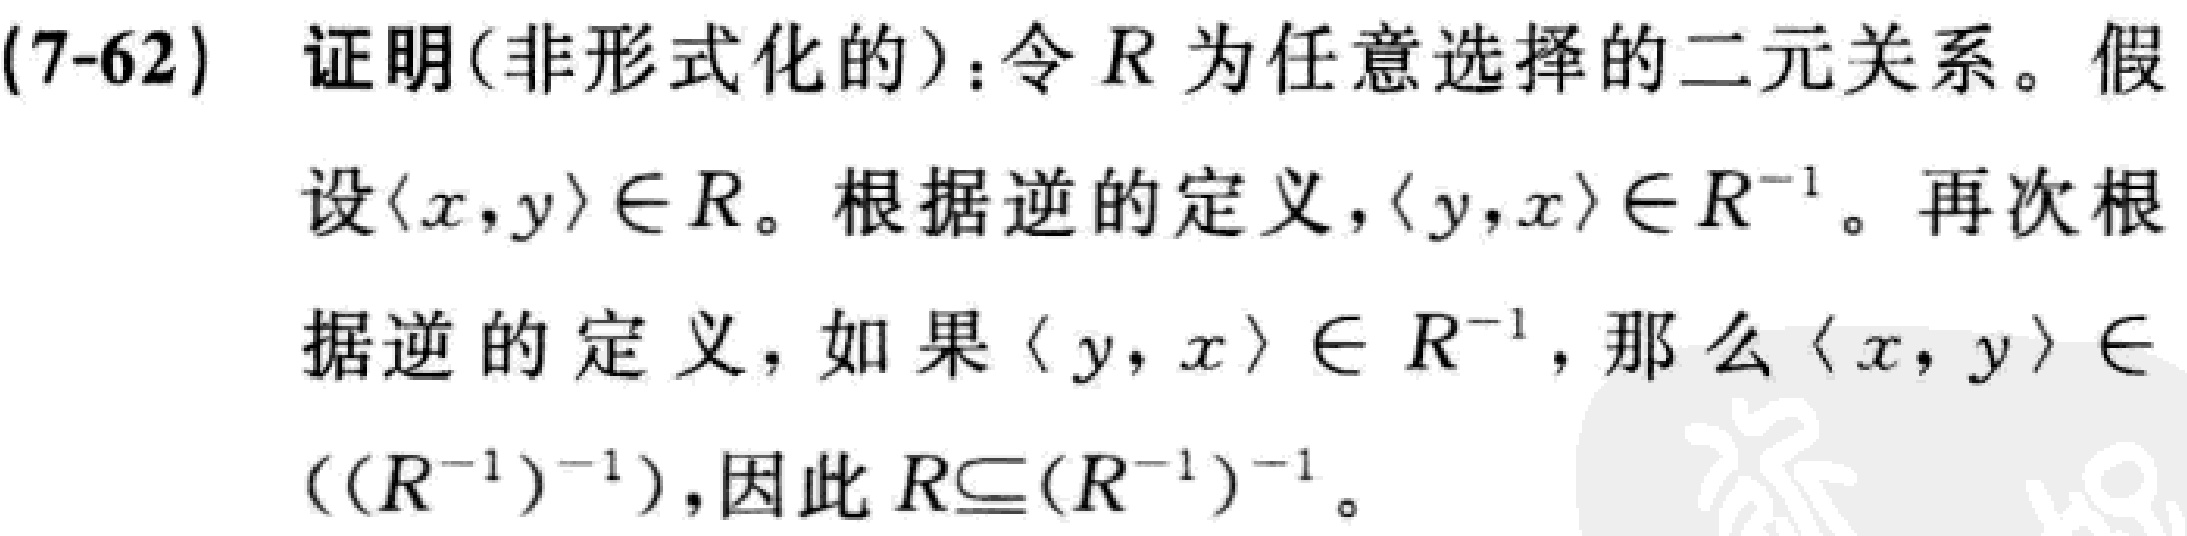
(7-62) 证明(非形式化的)：令 \(R\) 为任意选择的二元关系。假设 \(\langle x,y\rangle\in R\)。根据逆的定义，\(\langle y,x\rangle\in R^{-1}\)。再次根据逆的定义，如果 \(\langle y,x\rangle\in R^{-1}\)，那么 \(\langle x,y\rangle\in((R^{-1})^{-1})\)，因此 \(R\subseteq (R^{-1})^{-1}\)。